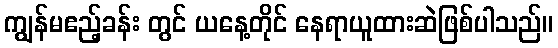
ကျွန်မဧည့်ခန်း တွင် ယနေ့တိုင် နေရာယူထားဆဲဖြစ်ပါသည်။